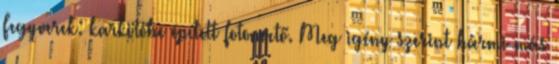
Fegyverek: karkötőbe épített fotonvető. Meg igény szerint bármi más